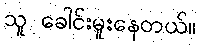
သူ ခေါင်းမူးနေတယ်။